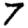
Digit: 7